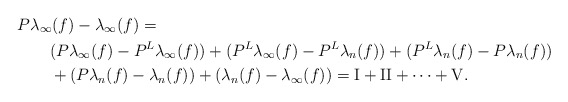
\begin{align*}\lefteqn{P\lambda_\infty(f)-\lambda_\infty(f)=}\qquad&\\&(P\lambda_\infty(f)-P^{L}\lambda_\infty(f))+(P^L\lambda_\infty(f)-P^L\lambda_n(f))+(P^L\lambda_n(f)-P\lambda_n(f))\\&+(P\lambda_n(f)-\lambda_n(f))+(\lambda_n(f)-\lambda_\infty(f))=\textrm{I}+\textrm{II}+\dotsb+\textrm{V}.\end{align*}